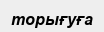
торығуға